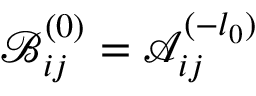
\mathcal { B } _ { i j } ^ { ( 0 ) } = \mathcal { A } _ { i j } ^ { ( - l _ { 0 } ) }